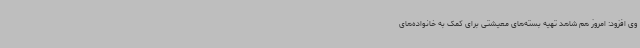
وی افزود: امروز هم شاهد تهیه بسته‌های معیشتی برای کمک به خانواده‌های